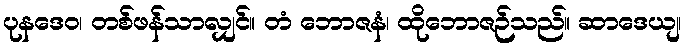
ပုနဒေဝ၊ တစ်ဖန်သာလျှင်။ တံ ဘောဇနံ၊ ထိုဘောဇဉ်သည်။ ဆာဒေယျ၊